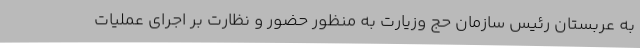
به عربستان رئیس سازمان حج وزیارت به منظور حضور و نظارت بر اجرای عملیات